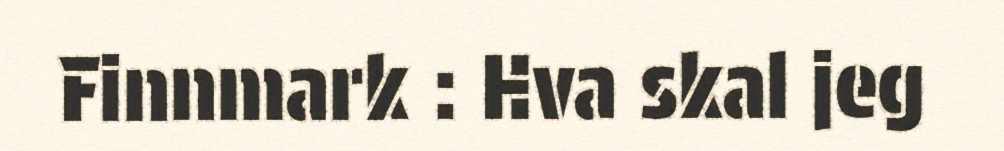
Finnmark : Hva skal jeg